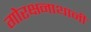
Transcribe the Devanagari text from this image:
गोरक्षनाथानी